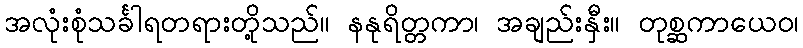
အလုံးစုံသင်္ခါရတရားတို့သည်။ နနုရိတ္တကာ၊ အချည်းနှီး။ တုစ္ဆကာယေဝ၊